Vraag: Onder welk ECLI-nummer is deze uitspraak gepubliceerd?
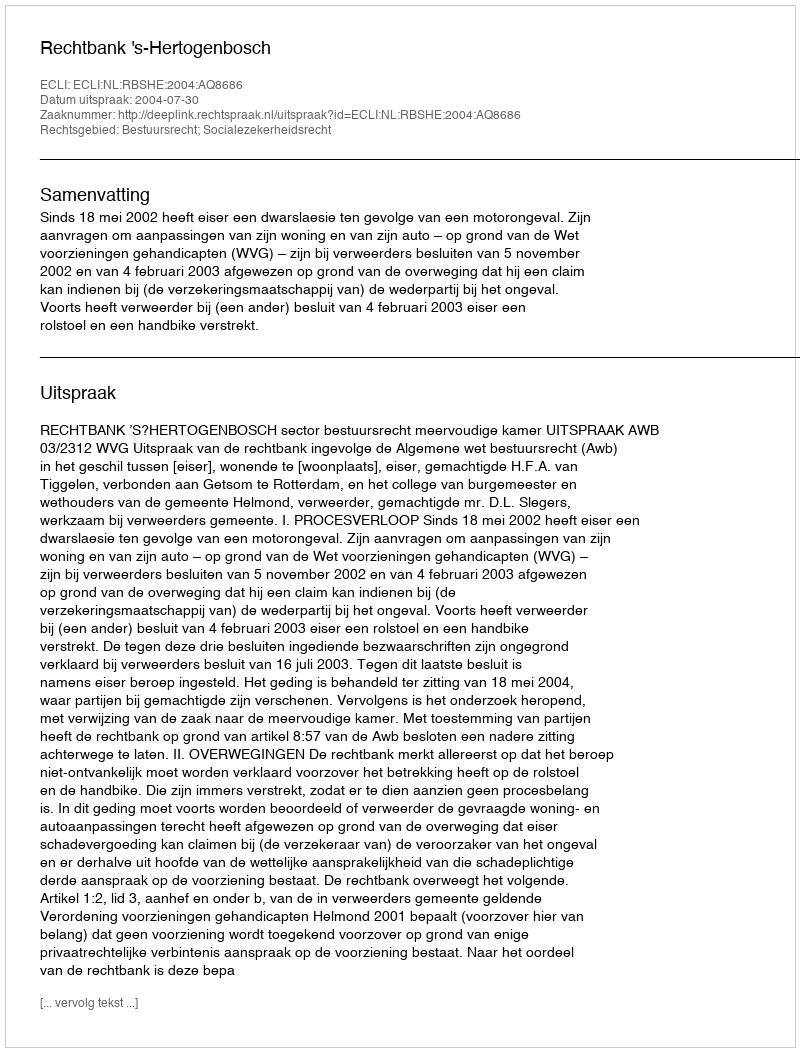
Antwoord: ECLI:NL:RBSHE:2004:AQ8686